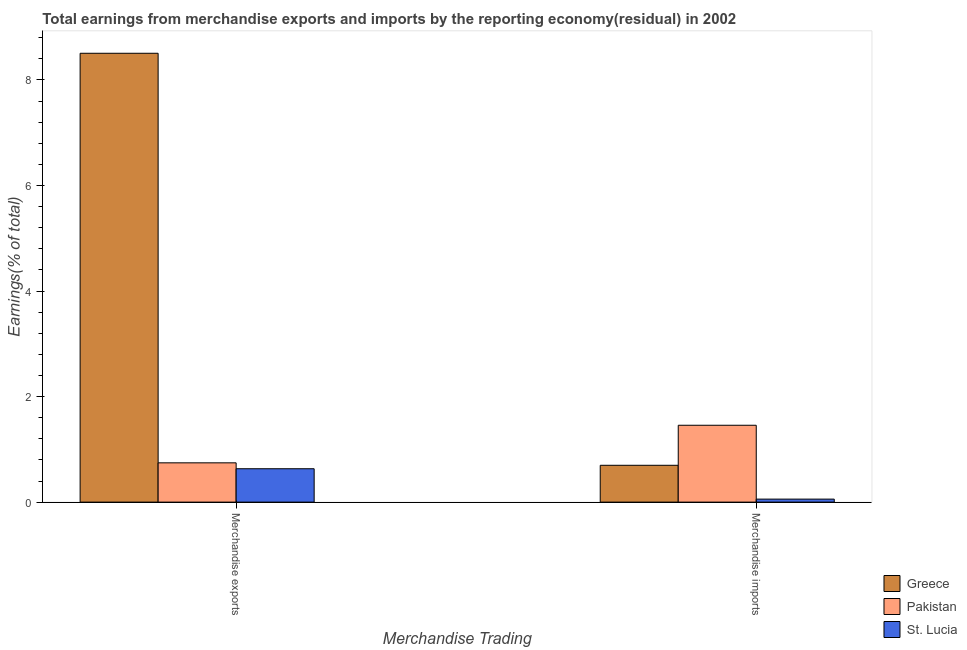
| Merchandise Trading | Greece | Pakistan | St. Lucia |
 | --- | --- | --- | --- |
 | Merchandise exports | 8.5 | 0.744 | 0.632 |
 | Merchandise imports | 0.698 | 1.46 | 0.0569 |